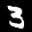
Label: 3